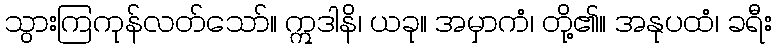
သွားကြကုန်လတ်သော်။ ဣဒါနိ၊ ယခု။ အမှာကံ၊ တို့၏။ အနုပထံ၊ ခရီး